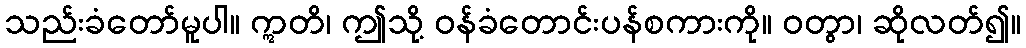
သည်းခံတော်မူပါ။ ဣတိ၊ ဤသို့ ဝန်ခံတောင်းပန်စကားကို။ ဝတွာ၊ ဆိုလတ်၍။